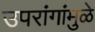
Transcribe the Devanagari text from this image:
उपरांगांमुळे